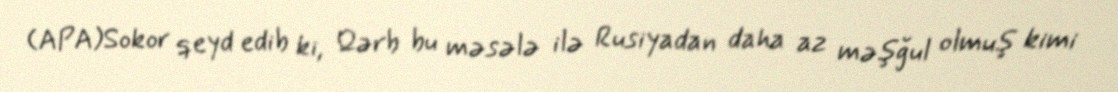
(APA)Sokor qeyd edib ki, Qərb bu məsələ ilə Rusiyadan daha az məşğul olmuş kimi